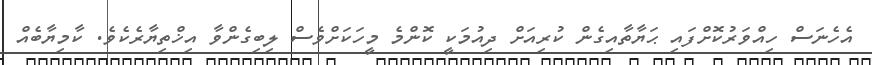
އެހެނަސް ހިއްވަރުކޮށްފައި ޙަޔާތާއިގެން ކުރިއަށް ދިއުމަކީ ކޮންމެ މީހަކަށްވެސް ލިބިގެންވާ އިޚްތިޔާރެކެވެ. ކާމިޔާބެއް